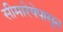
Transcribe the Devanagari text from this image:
सीमारेषेपासून